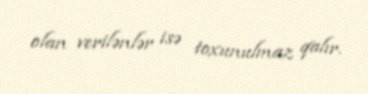
olan verilənlər isə toxunulmaz qalır.